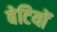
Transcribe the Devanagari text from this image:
बेटियाें